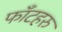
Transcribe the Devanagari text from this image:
फाँटहरु